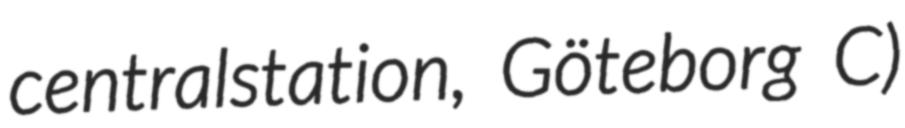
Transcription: centralstation, Göteborg C)